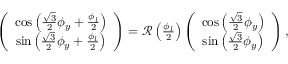
\begin{array} { r } { \left( \begin{array} { c } { \cos \left( \frac { \sqrt { 3 } } { 2 } \phi _ { y } + \frac { \phi _ { l } } { 2 } \right) } \\ { \sin \left( \frac { \sqrt { 3 } } { 2 } \phi _ { y } + \frac { \phi _ { l } } { 2 } \right) } \end{array} \right) = { \mathcal R } \left( \frac { \phi _ { l } } { 2 } \right) \left( \begin{array} { c } { \cos \left( \frac { \sqrt { 3 } } { 2 } \phi _ { y } \right) } \\ { \sin \left( \frac { \sqrt { 3 } } { 2 } \phi _ { y } \right) } \end{array} \right) , } \end{array}